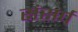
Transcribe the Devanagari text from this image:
संसर्प